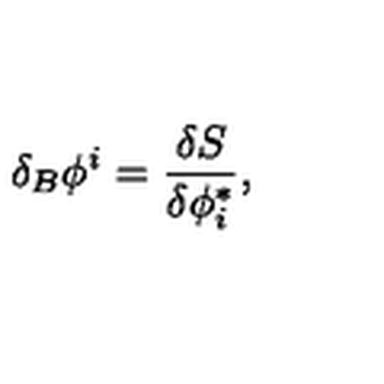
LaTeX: \delta _ { B } \phi ^ { i } = \frac { \delta S } { \delta \phi _ { i } ^ { * } } ,